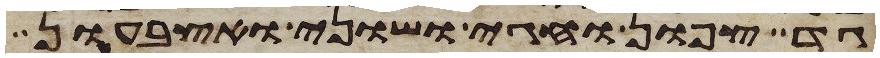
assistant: גד צפון וחגי ושוני ואצבעון